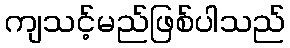
ကျသင့်မည်ဖြစ်ပါသည်